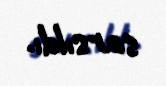
sarsıldı.